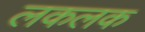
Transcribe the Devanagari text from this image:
लकलक